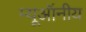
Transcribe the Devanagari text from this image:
म्यूऑनीय